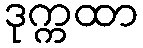
ဒုက္ကထာ